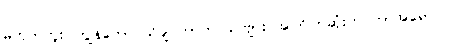
မဟုတ်ဘူး၊ ကျွန်တော် သိချင်တာက ခင်ဗျား အကြိုက်ဆုံးက ဘာအရောင်လဲ။